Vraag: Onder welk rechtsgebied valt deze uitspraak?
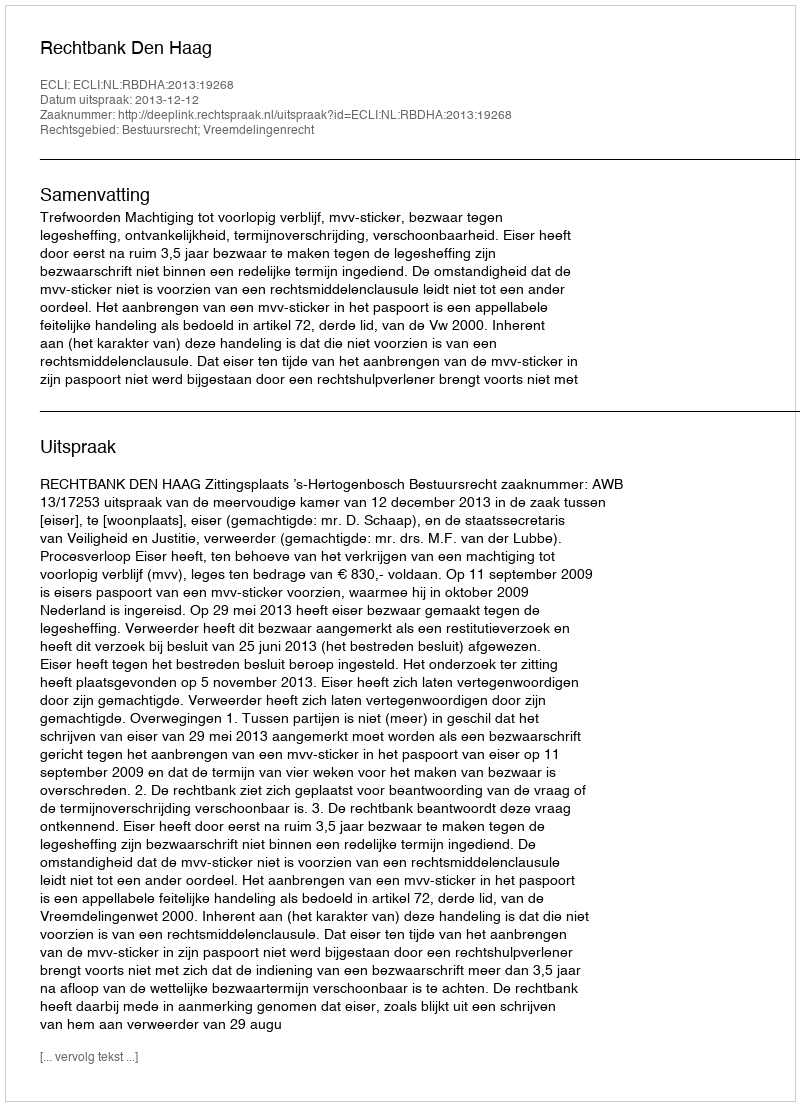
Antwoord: Bestuursrecht; Vreemdelingenrecht